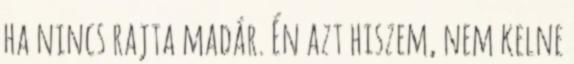
ha nincs rajta madár. Én azt hiszem, nem kelne